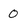
Character: 0